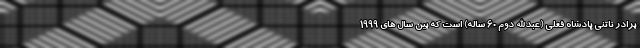
برادر ناتنی پادشاه فعلی (عبدالله دوم 60 ساله) است که بین سال های 1999